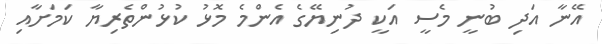
އޭނާ އަދި ބުނީ މެސީ އަކީ ދުނިޔޭގެ އެންމެ މޮޅު ކުޅުންތެރިޔާ ކަމަށާއި